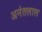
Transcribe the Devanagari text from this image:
अनंतलाल